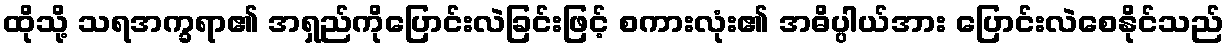
ထိုသို့ သရအက္ခရာ၏ အရှည်ကိုပြောင်းလဲခြင်းဖြင့် စကားလုံး၏ အဓိပ္ပါယ်အား ပြောင်းလဲစေနိုင်သည်